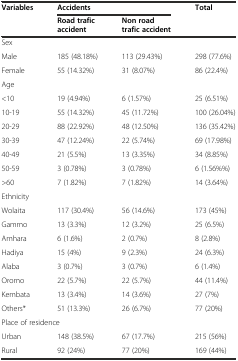
| <ROWSPAN=2> Variables | <COLSPAN=2> Accidents | <ROWSPAN=2> Total |
 | Road trafic accident | Non road trafic accident |
 | --- | --- | --- | --- |
 | <COLSPAN=4> Sex |
 | Male | 185 (48.18%) | 113 (29.43%) | 298 (77.6%) |
 | Female | 55 (14.32%) | 31 (8.07%) | 86 (22.4%) |
 | <COLSPAN=4> Age |
 | <10 | 19 (4.94%) | 6 (1.57%) | 25 (6.51%) |
 | 10-19 | 55 (14.32%) | 45 (11.72%) | 100 (26.04%) |
 | 20-29 | 88 (22.92%) | 48 (12.50%) | 136 (35.42%) |
 | 30-39 | 47 (12.24%) | 22 (5.74%) | 69 (17.98%) |
 | 40-49 | 21 (5.5%) | 13 (3.35%) | 34 (8.85%) |
 | 50-59 | 3 (0.78%) | 3 (0.78%) | 6 (1.56%%) |
 | >60 | 7 (1.82%) | 7 (1.82%) | 14 (3.64%) |
 | <COLSPAN=4> Ethnicity |
 | Wolaita | 117 (30.4%) | 56 (14.6%) | 173 (45%) |
 | Gammo | 13 (3.3%) | 12 (3.2%) | 25 (6.5%) |
 | Amhara | 6 (1.6%) | 2 (0.7%) | 8 (2.8%) |
 | Hadiya | 15 (4%) | 9 (2.3%) | 24 (6.3%) |
 | Alaba | 3 (0.7%) | 3 (0.7%) | 6 (1.4%) |
 | Oromo | 22 (5.7%) | 22 (5.7%) | 44 (11.4%) |
 | Kembata | 13 (3.4%) | 14 (3.6%) | 27 (7%) |
 | Others* | 51 (13.3%) | 26 (6.7%) | 77 (20%) |
 | <COLSPAN=4> Place of residence |
 | Urban | 148 (38.5%) | 67 (17.7%) | 215 (56%) |
 | Rural | 92 (24%) | 77 (20%) | 169 (44%) |